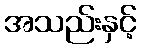
အသည်းနှင့်